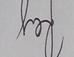
Signature authenticity: genuine